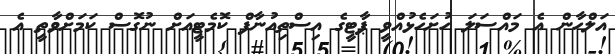
އަލްހާން އެ މައްސަލަ ހުށަހެޅުއްވީ ޕާޓީގެ އިސްތިއުނާފް ކޮމެޓީއަށް ނުގޮސް ކަމަށްވާތީ އެ